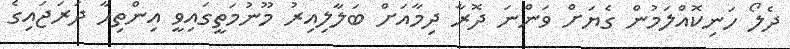
ދެލޯ ހަނިކޮއްލަމުން ގެޔަށް ވަންނަ ދޮރާ ދިމާއަށް ބަލާލިއިރު މޫނުމަތީގައިވީ އިންތިހާ ދަރަޖައިގެ